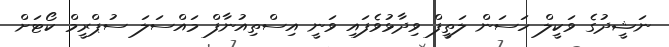
ނަޝީދުގެ ވަކީލް ހަސަން ލަތީފް ވިދާޅުވެފައި ވަނީ އިސްތިއުނާފް މައްސަލަ ސުޕްރީމް ކޯޓަށް